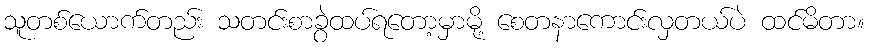
သူတစ်ယောက်တည်း သတင်းစာခွဲထပ်ရတော့မှာမို့ စေတနာကောင်းလှတယ်ပဲ ထင်မိတာ။